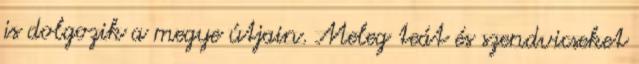
is dolgozik a megye útjain. Meleg teát és szendvicseket